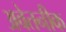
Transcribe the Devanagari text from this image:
अवेतनीक